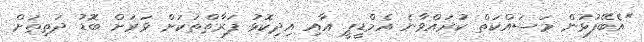
"އެބޭފުޅުން މަސައްކަތް ކުރައްވާނެ އެމްޑީޕީ އާއި އިދިކޮޅު ފަރާތްތަކަށް ވަރަށް ބޮޑު ދަތިތަށް